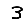
Digit: 3